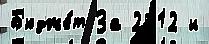
Б'юдже́т За 2012 и